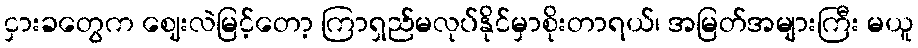
ငှားခတွေက ဈေးလဲမြင့်တော့ ကြာရှည်မလုပ်နိုင်မှာစိုးတာရယ်၊ အမြတ်အများကြီး မယူ